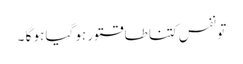
تو نفس کتنا طاقتور ہو گیا ہو گا ۔